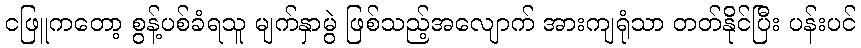
ငဖြူကတော့ စွန့်ပစ်ခံရသူ မျက်နှာမွဲ ဖြစ်သည့်အလျောက် အားကျရုံသာ တတ်နိုင်ပြီး ပန်းပင်